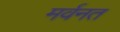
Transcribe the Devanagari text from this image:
मर्वनत